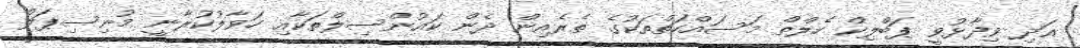
އަދި ވިދާޅުވީ ޕަބްލިކް ހެލްތް މަސައްކަތްތަކުގެ ތެރެއިން ދެން ކައުންސިލްތަކާއި ހަވާލުކުރާނީ މުނިސިޕަލް